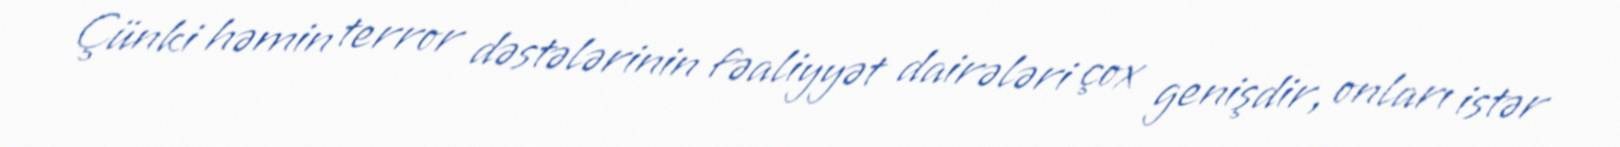
Çünki həmin terror dəstələrinin fəaliyyət dairələri çox genişdir, onları istər